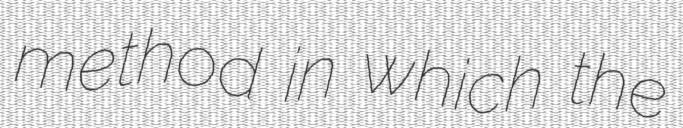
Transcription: method in which the